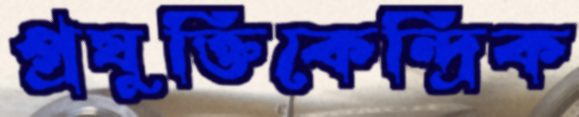
প্রযুক্তিকেন্দ্রিক